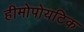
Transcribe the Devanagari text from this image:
हीमोपोयटिक